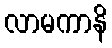
လာမကာနိ